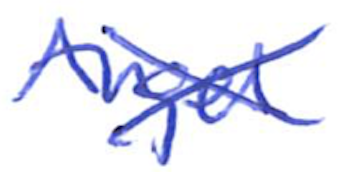
Text: Angel
Cross-out: mix
Writing tool: ballpoint